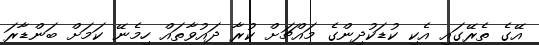
އޭގެ ތެރޭގައި އެކި ކުޑަކުދިންގެ މައްޗަށް ކުރާ ދައުވާތައް ހިމެނޭ ކަމަށް ބަންޑާރަ